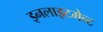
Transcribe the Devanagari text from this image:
इनलाइटमेन्ट